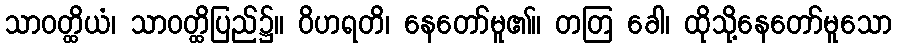
သာဝတ္ထိယံ၊ သာဝတ္ထိပြည်၌။ ဝိဟရတိ၊ နေတော်မူ၏။ တတြ ခေါ၊ ထိုသို့နေတော်မူသော